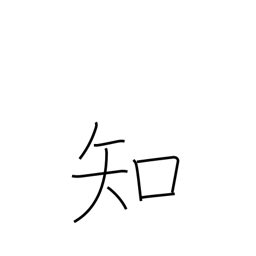
Meaning: know